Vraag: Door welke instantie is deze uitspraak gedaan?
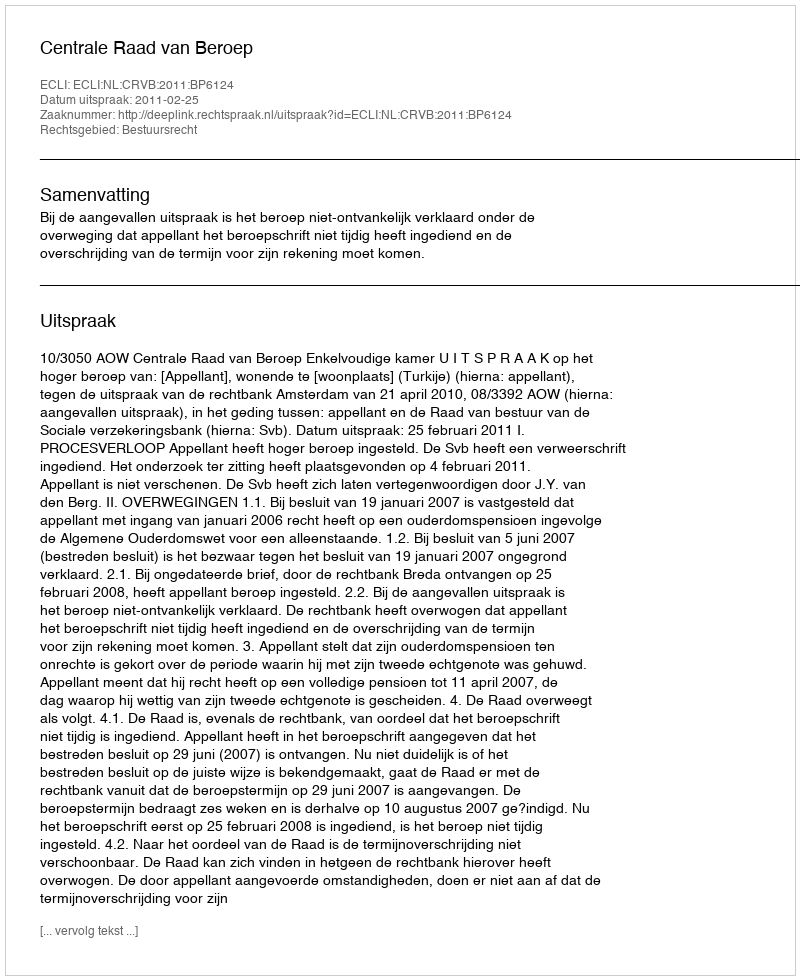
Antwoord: Centrale Raad van Beroep